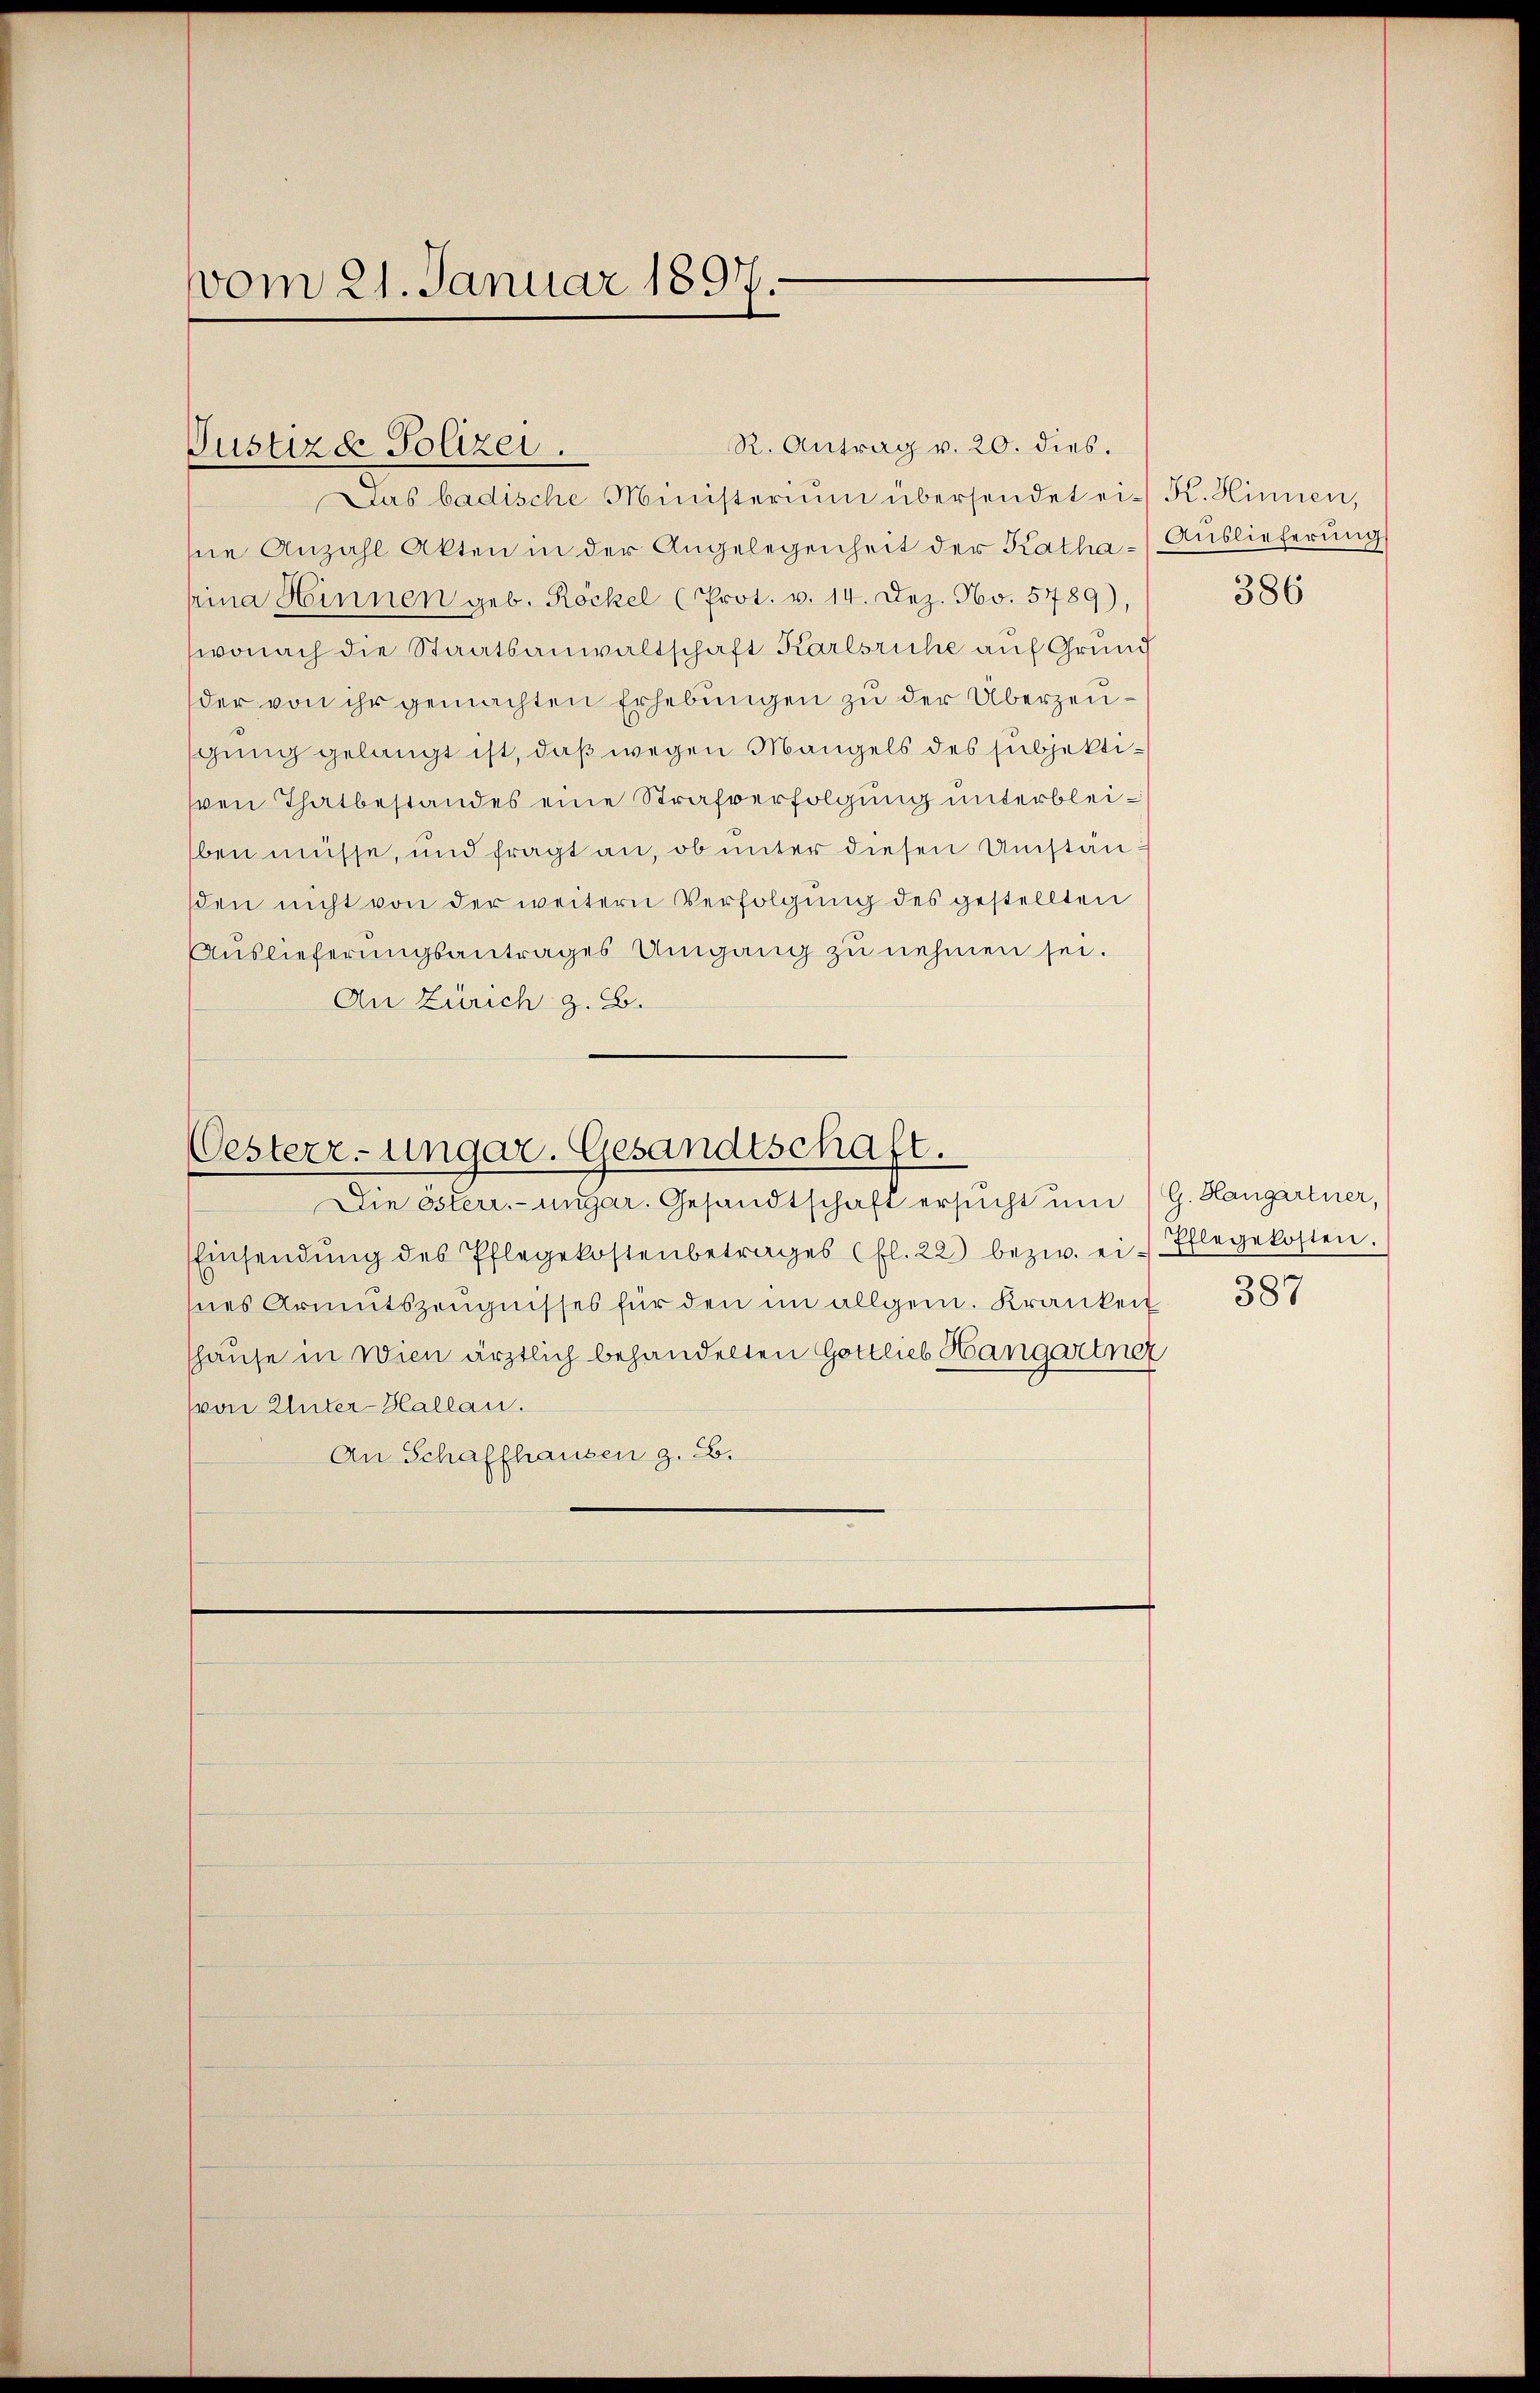
vom 21. Januar 1897.

R. Antrag v. 20. dies.
Das badische Ministerium übersendet ein K. Hinnen,
sne Anzahl Akten in der Angelegenheit der Katha - Auslieferung
pina Hinnen geb. Röckel (Prot. v. 14. Dez. No. 5789),
wonach die Staatsanwaltschaft Karlsruhe auf Grund
der von ihr gemachten Erhebungen zu der Überzeugung gelangt ist, daß wegen Mangels des subjektisven Thatbestandes eine Strafverfolgung unterbleiben müsse, und fragt an, ob unter diesen Umstän
sden nicht von der weitern Verfolgung des gestellten
Auslieferungsantrages Umgang zu nehmen sei.
An Zürich z. B.

Justizde Polizei.

Oesterr-ungar. Gesandtschaft.
Die österr.-ungar. Gesandtschaft ersucht um (G. Hangartner,

Einsendŭng des Pflegekostenbetrages (fl. 22) bezw. ei Pflegekosten.
hnes Armutszeŭgnisses für den im allgem. Kranken 387
shause in Wien ärztlich behandelten Gottlieb Hangartner
(von Unter-Hallau.
An Schaffhausen z. B.

386